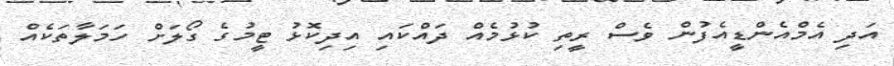
އަދި އެމްއެންޑީއެފުން ވެސް ރީތި ކުޅުމެއް ދައްކައި އިދިކޮޅު ޓީމުގެ ގޯލަށް ހަމަލާތަކެއް